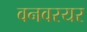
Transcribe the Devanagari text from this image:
वनवरयर